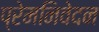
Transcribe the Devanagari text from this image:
प्रेमनिवेदन